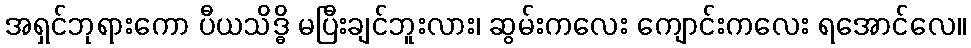
အရှင်ဘုရားကော ပီယသိဒ္ဓိ မပြီးချင်ဘူးလား၊ ဆွမ်းကလေး ကျောင်းကလေး ရအောင်လေ။